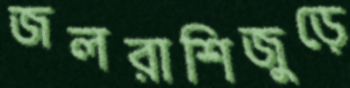
জলরাশিজুড়ে